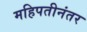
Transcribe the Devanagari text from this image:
महिपतीनंतर